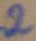
Text: 2